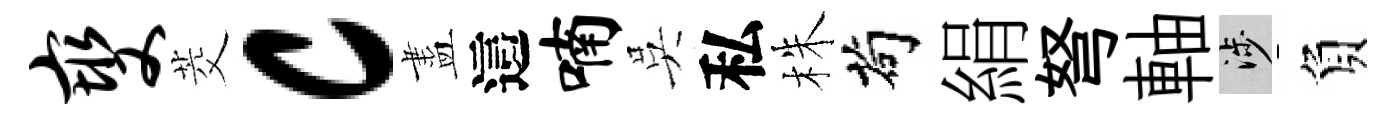
燮茭c盡這喃吳私株茍絹弩軸涉負